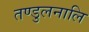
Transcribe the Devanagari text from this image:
तण्डुलनालि